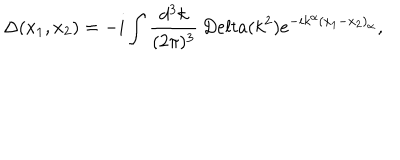
\Delta ( x _ { 1 } , x _ { 2 } ) = - i \int \frac { d ^ { 3 } k } { ( 2 \pi ) ^ { 3 } } \, D e l t a ( k ^ { 2 } ) e ^ { - i k ^ { \alpha } ( x _ { 1 } - x _ { 2 } ) _ { \alpha } } ,